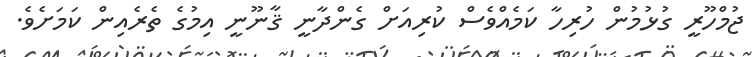
ޖުމްހޫރީ ގުޅުމުން ހުރިހާ ކަމެއްވެސް ކުރިއަށް ގެންދާނީ ޤާނޫނީ އިމުގެ ތެރެއިން ކަމަށެވެ.